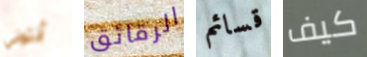
أنتوني الرقائق قسائم كيف